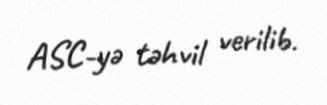
ASC-yə təhvil verilib.